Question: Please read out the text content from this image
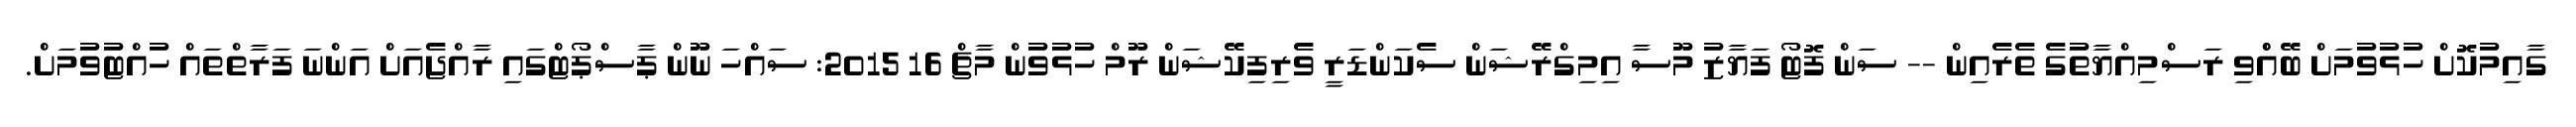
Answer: ގާއިމުކޮށް ހުޅުވުމަށް ބޭއްްވި ރަސްމިއްޔާތުގެ ތެރެއިން -- ސަން ފޮޓޯ ފަޔާޒު މޫސާ އިމިގްރޭޝަން ސެކަންޑަރީ ވެރިފިކޭޝަން ރޫމް ހުޅުވުން މާޗް 16 2015: ސައްހަ ނޫން ޕާސްޕޯޓްގައި ރާއްޖެއަށް އަންނަ ފަރާތްތައް ހުއްޓުވުމަށް.